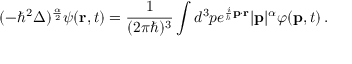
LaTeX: ( - \hbar ^ { 2 } \Delta ) ^ { \frac { \alpha } { 2 } } \psi ( \mathbf { r } , t ) = { \frac { 1 } { ( 2 \pi \hbar ) ^ { 3 } } } \int d ^ { 3 } p e ^ { { \frac { i } { \hbar } } \mathbf { p } \cdot \mathbf { r } } | \mathbf { p } | ^ { \alpha } \varphi ( \mathbf { p } , t ) \, .